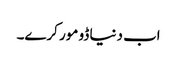
اب دنیا ڈو مور کرے۔